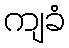
ကျခံ